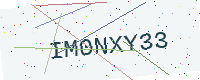
Text: IM0NXY33